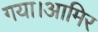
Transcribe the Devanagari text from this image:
गया।आमिर